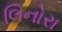
લિનોરા